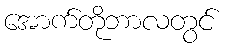
အောက်တိုဘာလတွင်